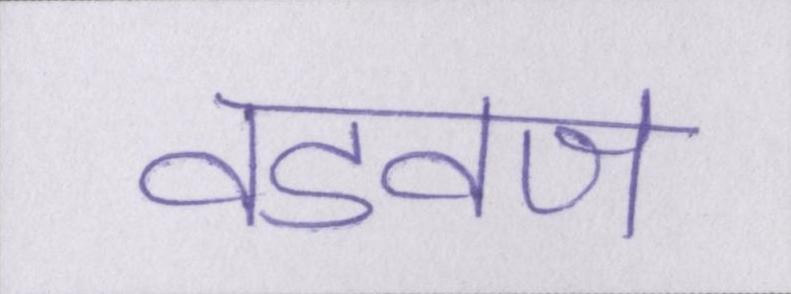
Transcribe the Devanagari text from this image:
वडवज